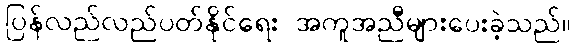
ပြန်လည်လည်ပတ်နိုင်ရေး အကူအညီများပေးခဲ့သည်။